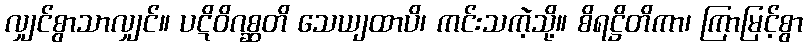
လျှင်စွာသာလျှင်။ ပဋိဝိဂစ္ဆတိ သေယျထာပိ၊ ကင်းသကဲ့သို့။ စိရဋ္ဌိတိကာ၊ ကြာမြင့်စွာ